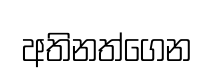
අතිනත්ගෙන